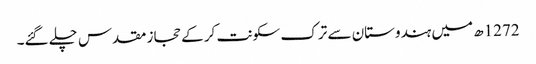
1272ھ میں ہندوستان سے ترک سکونت کر کے حجاز مقدس چلے گئے۔